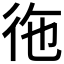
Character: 𮱺